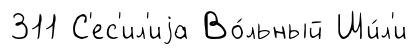
311 С'ес'ил'иjа Во́льный Ши́л'и